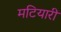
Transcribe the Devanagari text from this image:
मटियारी